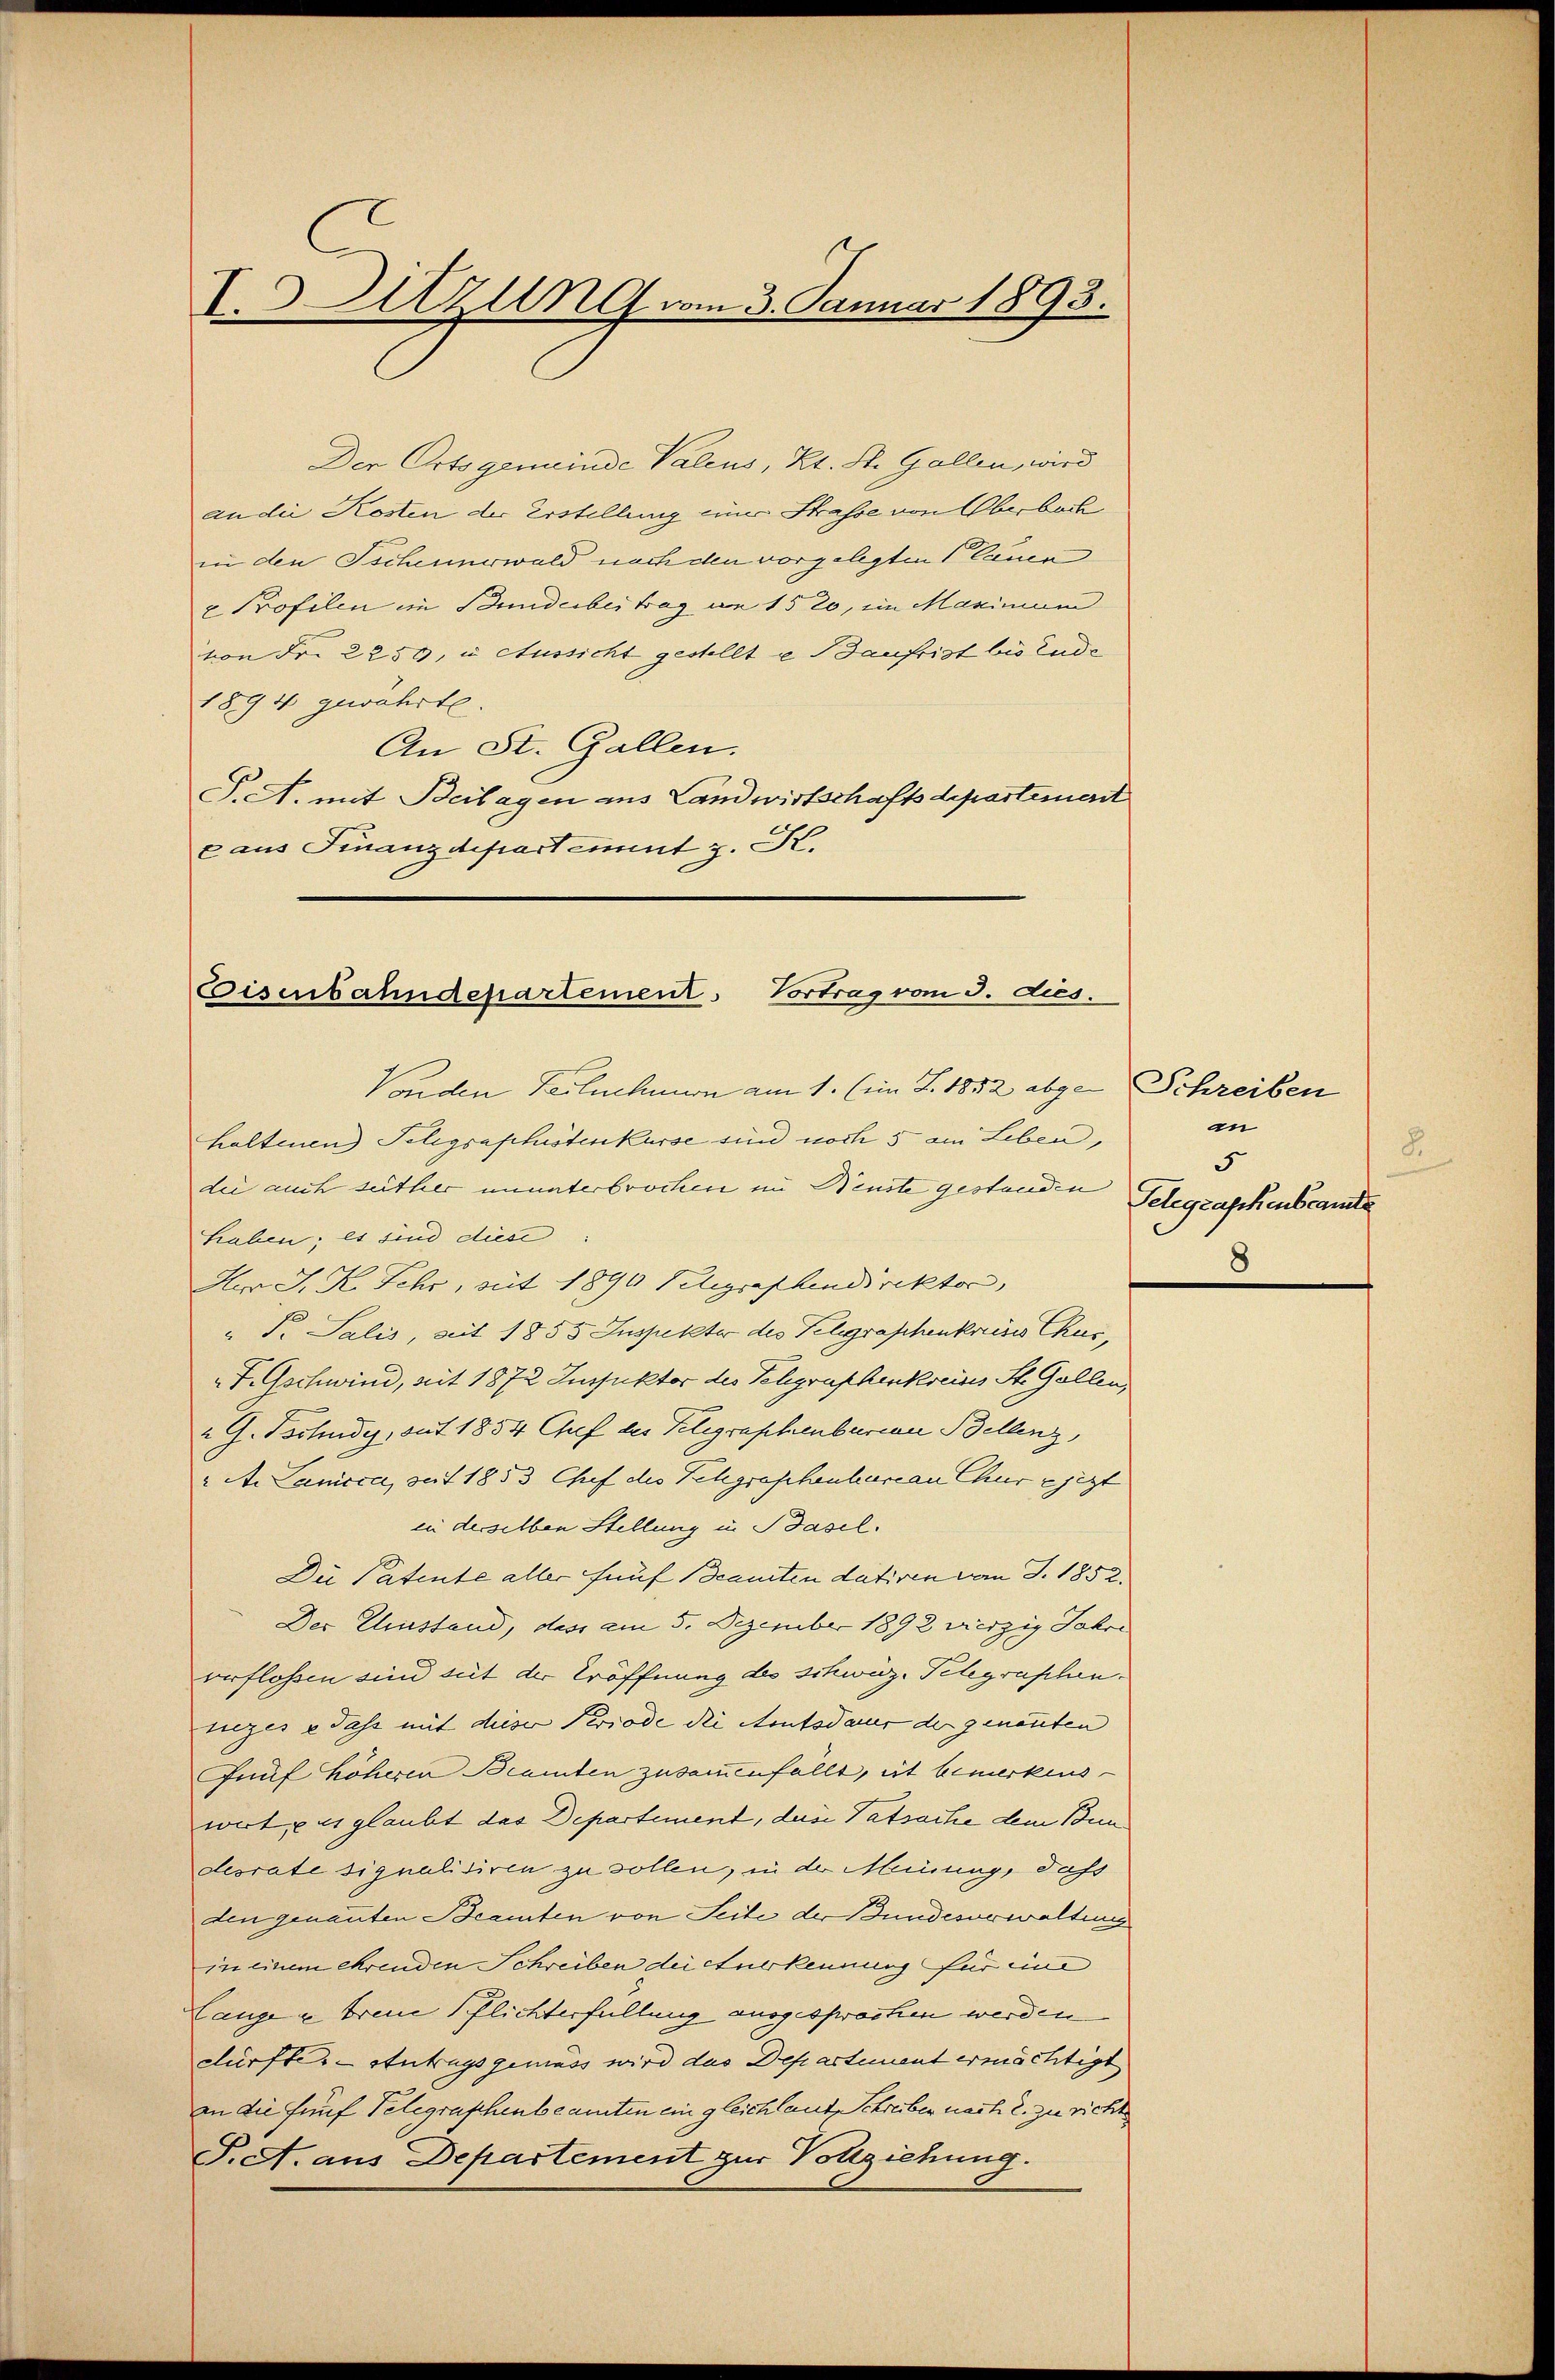
I. Sitzung vom 3. Januar 1893.

Der Orts gemeinde Valens, Kt. St. Gallen, wird
an die Kosten der Erstellung einer Strasse von Oberbach
in den Scheunerwald nach den vorgelegten Cauen
" Profilen im Bundebertrag an 1520, im Maximum
von Fr. 2259, u. Aussicht gestellt u Baufrist bis Ende
1894 gewahrte.
An St. Gallen.
S. A. mit Beilagen aus Landwirtschaftsdepartement
x aus Finanzdepartement z. K.

Eisenbahndepartement. Vortrag vom 3. dies

Vonden Teilnehmnon am 1. (im J. 1852 abge-Schreiben
haltenen Telegraphustenkurse sind noch 5 am Leben,
die auch seither ununterbrochen in Neuste gestanden
Haben; es sind diese
Herr J. K. Sehr, mit 1890 Telegraphendirektor,
" P. Salis, mit 1855 Inspekter des Telegraphenkreiss Chur,
F. Gschwind, mit 1872 Inspektor des Schgraphenkreises St. Gallen,
" G. Tschudy, auf 1854 Guf des Telegraphenbarian Bellenz,
" A. Lamica, auf 1853 Chef des Schgraphenbarian Chur ejezt
in derselben Stellung in Basel.
Die Patente aller fünf Beamten dativen vom J. 1852.
Der Einstand, dass am 5. Dezember 1892 verzig Jahre
verflossen sind seit der Eröffnung des schweiz. Telegraphennezes e dass mit dieser Periode die Amtsdauer der genannten
Pruf höheren Beamten zusammenfällt, ist bemerkens-
wirt uns glaubt das Departement, des Tatsache dem Bundesrate signalisiren zu sollen, in der Meinung, daß
den genannten Beamten von Seite der Bundesorwaltung
in einem ehrenden Schreiben der Anerkennung für eine
Lange u. treue Pflichterfüllung ausgesprochen werden
dürfte. - Antragsgemäss wird das Departement ermächtigt
an die fünf Telegraphenbeamten ein gleichlaut Schreiber nach 2. zu richt
S. A. aus Departement zur Vollziehung.

in
8.
5
Telegraphenbeamte
8